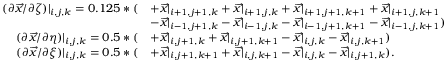
\begin{array} { r l } { ( \partial \overrightarrow { x } / \partial \zeta ) | _ { i , j , k } = 0 . 1 2 5 * ( } & { + \overrightarrow { x } | _ { i + 1 , j + 1 , k } + \overrightarrow { x } | _ { i + 1 , j , k } + \overrightarrow { x } | _ { i + 1 , j + 1 , k + 1 } + \overrightarrow { x } | _ { i + 1 , j , k + 1 } } \\ & { - \overrightarrow { x } | _ { i - 1 , j + 1 , k } - \overrightarrow { x } | _ { i - 1 , j , k } - \overrightarrow { x } | _ { i - 1 , j + 1 , k + 1 } - \overrightarrow { x } | _ { i - 1 , j , k + 1 } ) } \\ { ( \partial \overrightarrow { x } / \partial \eta ) | _ { i , j , k } = 0 . 5 * ( } & { + \overrightarrow { x } | _ { i , j + 1 , k } + \overrightarrow { x } | _ { i , j + 1 , k + 1 } - \overrightarrow { x } | _ { i , j , k } - \overrightarrow { x } | _ { i , j , k + 1 } ) } \\ { ( \partial \overrightarrow { x } / \partial \xi ) | _ { i , j , k } = 0 . 5 * ( } & { + \overrightarrow { x } | _ { i , j + 1 , k + 1 } + \overrightarrow { x } | _ { i , j , k + 1 } - \overrightarrow { x } | _ { i , j , k } - \overrightarrow { x } | _ { i , j + 1 , k } ) . } \end{array}